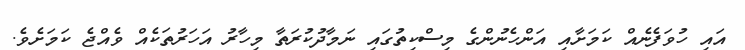
އައި ހުވަފެނެއް ކަމަށާއި އަންހެނުންގެ މިސްކިތުގައި ނަމާދުކުރަތާ މިހާރު އަހަރުތަކެއް ވެއްޖެ ކަމަށެވެ.